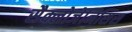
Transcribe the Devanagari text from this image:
सैक्लोजेनिसिस